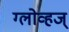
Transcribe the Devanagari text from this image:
ग्लोव्हज्